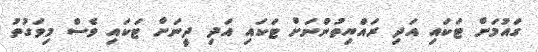
ގައުމަށް ޓަކައި އަދި ރައްޔިތުންނަށް ޓަކައި އަދި ދީނަށް ޓަކައި ވެސް މިވަގުތު